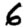
Digit: 6